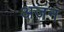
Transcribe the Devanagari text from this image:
अजंन